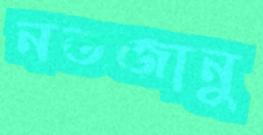
নতজানু